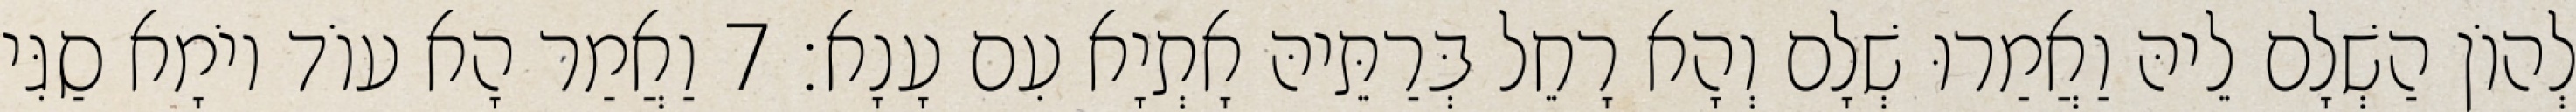
לְהוֹן הַשְׁלָם לֵיהּ וַאֲמַרוּ שְׁלָם וְהָא רָחֵל בְּרַתֵּיהּ אָתְיָא עִם עָנָא׃ 7 וַאֲמַר הָא עוֹד יוֹמָא סַגִּי